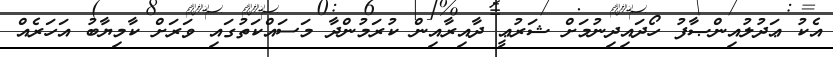
އެކު ޢަދުލުއިންޞާފު ހޯދައިދިނުމަށް ޝަރުޢީ ދާއިރާއިން ކުރަމުންދާ މަސައްކަތުގައި ވަރަށް ކާމިޔާބު އަހަރެއް